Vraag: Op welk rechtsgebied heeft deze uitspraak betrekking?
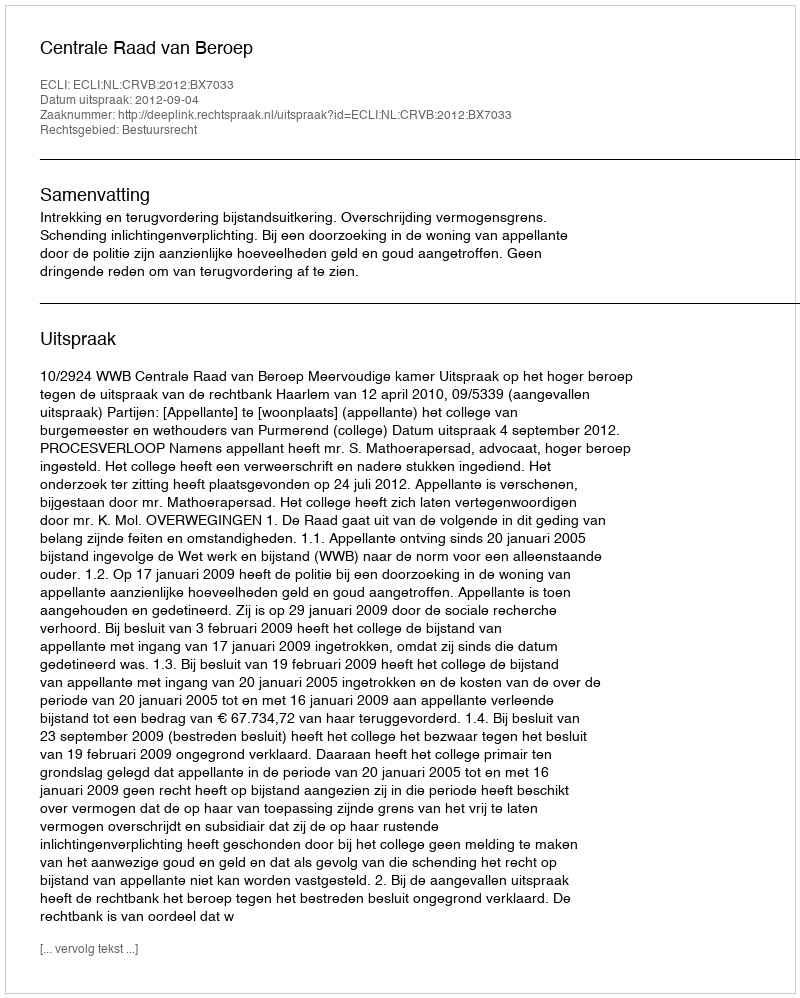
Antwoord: Bestuursrecht